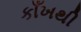
કાઁખથી